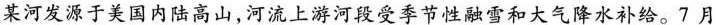
某河发源于美国内陆高山，河流上游河段受季节性融雪和大气降水补给。7月